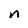
Character: n